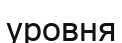
уровня